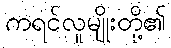
ကရင်လူမျိုးတို့၏